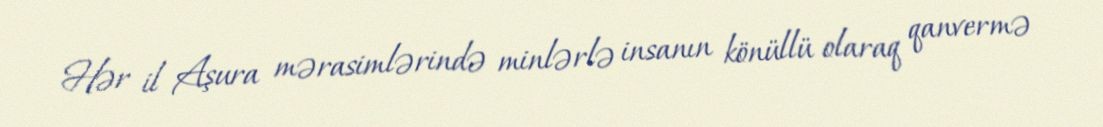
Hər il Aşura mərasimlərində minlərlə insanın könüllü olaraq qanvermə